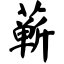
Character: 蕲